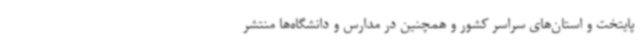
پایتخت و استان‌های سراسر کشور و همچنین در مدارس و دانشگاه‌ها منتشر